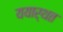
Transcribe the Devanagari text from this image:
ययार्थत